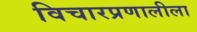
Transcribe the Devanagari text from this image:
विचारप्रणालीला